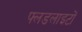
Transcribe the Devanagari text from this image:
फ्लडलाइटों